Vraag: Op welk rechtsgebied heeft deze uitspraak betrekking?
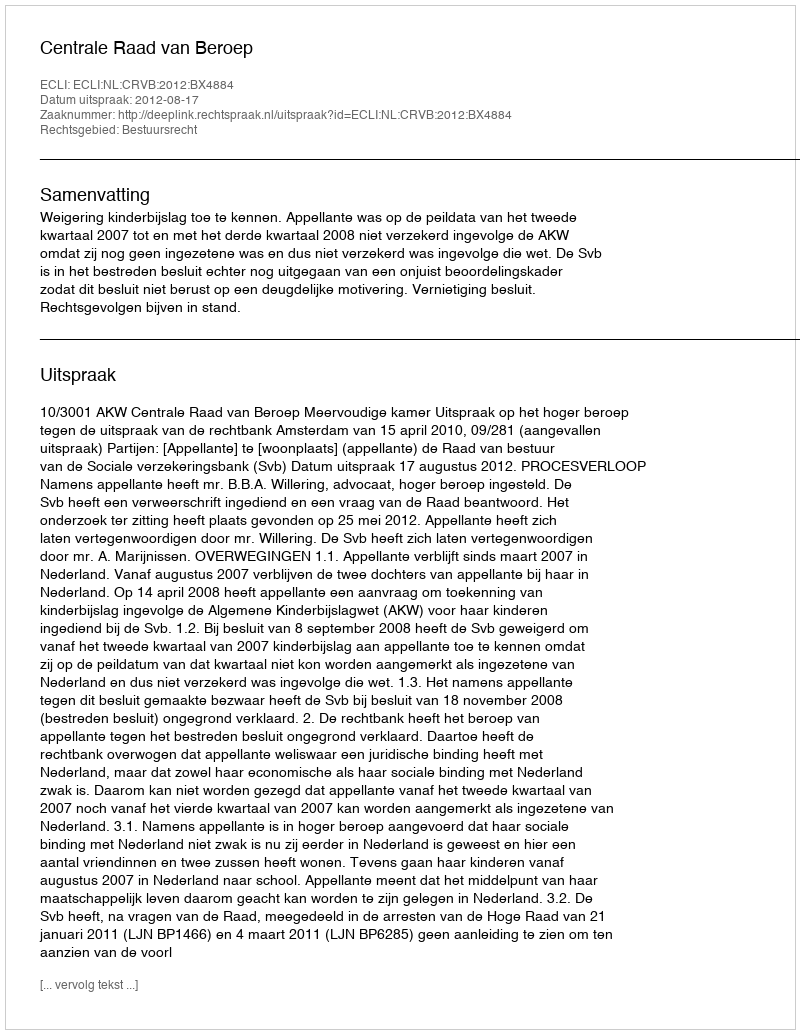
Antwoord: Bestuursrecht